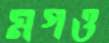
মগও